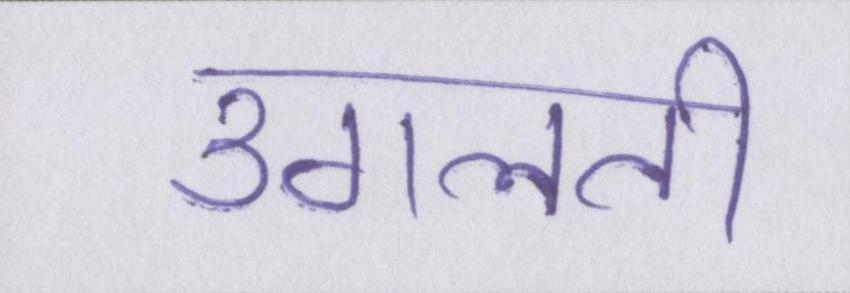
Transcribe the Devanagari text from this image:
उगलती